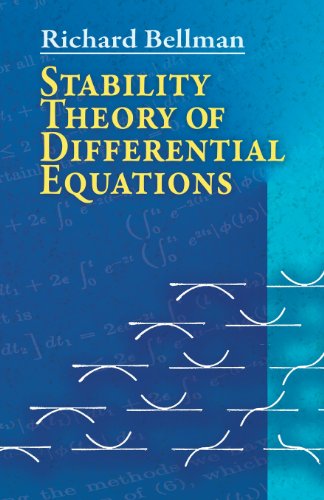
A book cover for Stability Theory of Differential Equations (Dover Books on Mathematics); Richard Bellman; Science & Math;